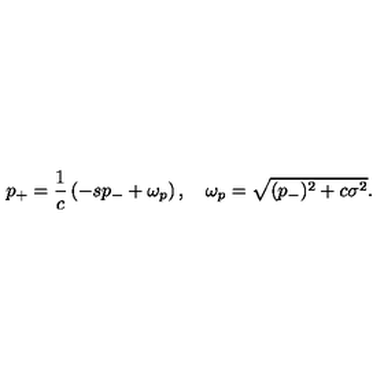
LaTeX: p _ { + } = { \frac { 1 } { c } } \left( - s p _ { - } + \omega _ { p } \right) , \quad \omega _ { p } = \sqrt { ( p _ { - } ) ^ { 2 } + c \sigma ^ { 2 } } .